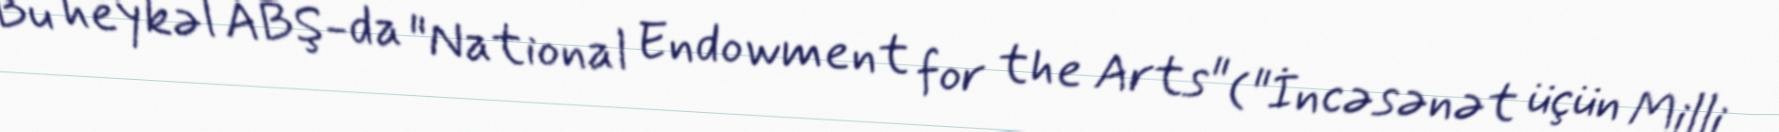
Bu heykəl ABŞ-da "National Endowment for the Arts" ("İncəsənət üçün Milli